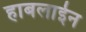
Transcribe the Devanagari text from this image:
हाबलाईन